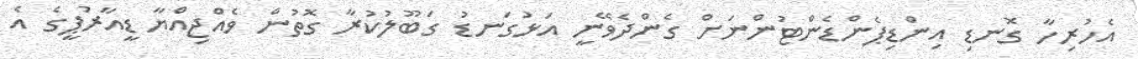
އެހުރިހާ ގޮނޑި އިންޑިޕެންޑެންޓުންނަށް ގެންދެވޭނީ އަޅުގަނޑު ގަބޫލުކުރާ ގޮތުން ވެއްޖިއްޔާ ޑީއާރުޕީގެ އެ